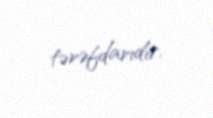
tərəfdarıdır.